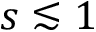
s \lesssim 1